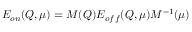
E _ { o n } ( Q , \mu ) = M ( Q ) E _ { o f f } ( Q , \mu ) M ^ { - 1 } ( \mu )